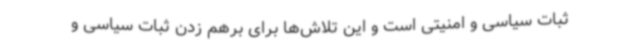
ثبات سیاسی و امنیتی است و این تلاش‌ها برای برهم زدن ثبات سیاسی و